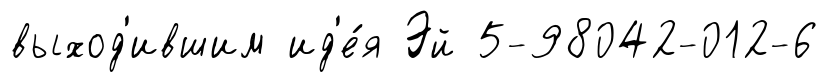
выход'ившим ид'е́я Эй 5-98042-012-6